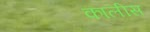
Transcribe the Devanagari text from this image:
कालीस